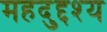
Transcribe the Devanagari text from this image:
महदुद्दश्य